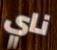
ناي